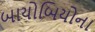
બાયોબિયોના